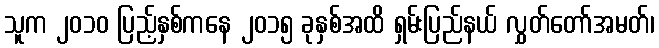
သူက ၂၀၁၀ ပြည့်နှစ်ကနေ ၂၀၁၅ ခုနှစ်အထိ ရှမ်းပြည်နယ် လွှတ်တော်အမတ်၊